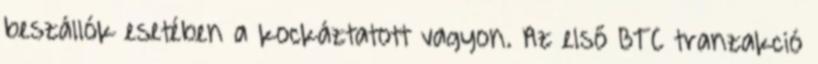
beszállók esetében a kockáztatott vagyon. Az első BTC tranzakció